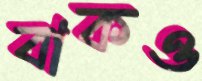
বাকও